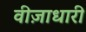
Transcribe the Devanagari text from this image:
वीज़ाधारी